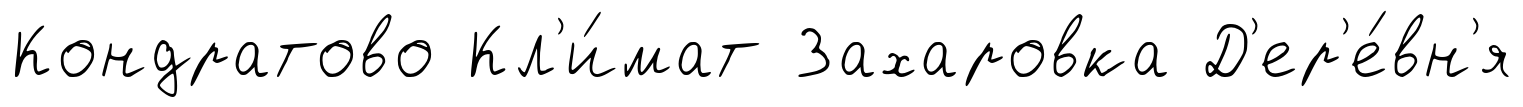
Кондратово Кл'и́мат Захаровка Д'ер'е́вн'я